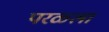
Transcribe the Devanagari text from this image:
परळ्ला